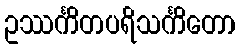
ဥဿင်္ကိတပရိသင်္ကိတော